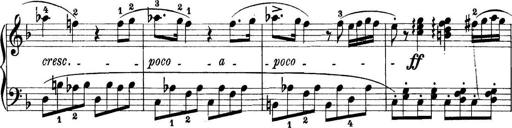
Title: 11 Sonatinas
Composer: Anton Diabelli